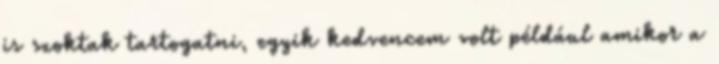
is szoktak tartogatni, egyik kedvencem volt például amikor a